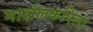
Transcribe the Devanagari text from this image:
मार्शलकपिला